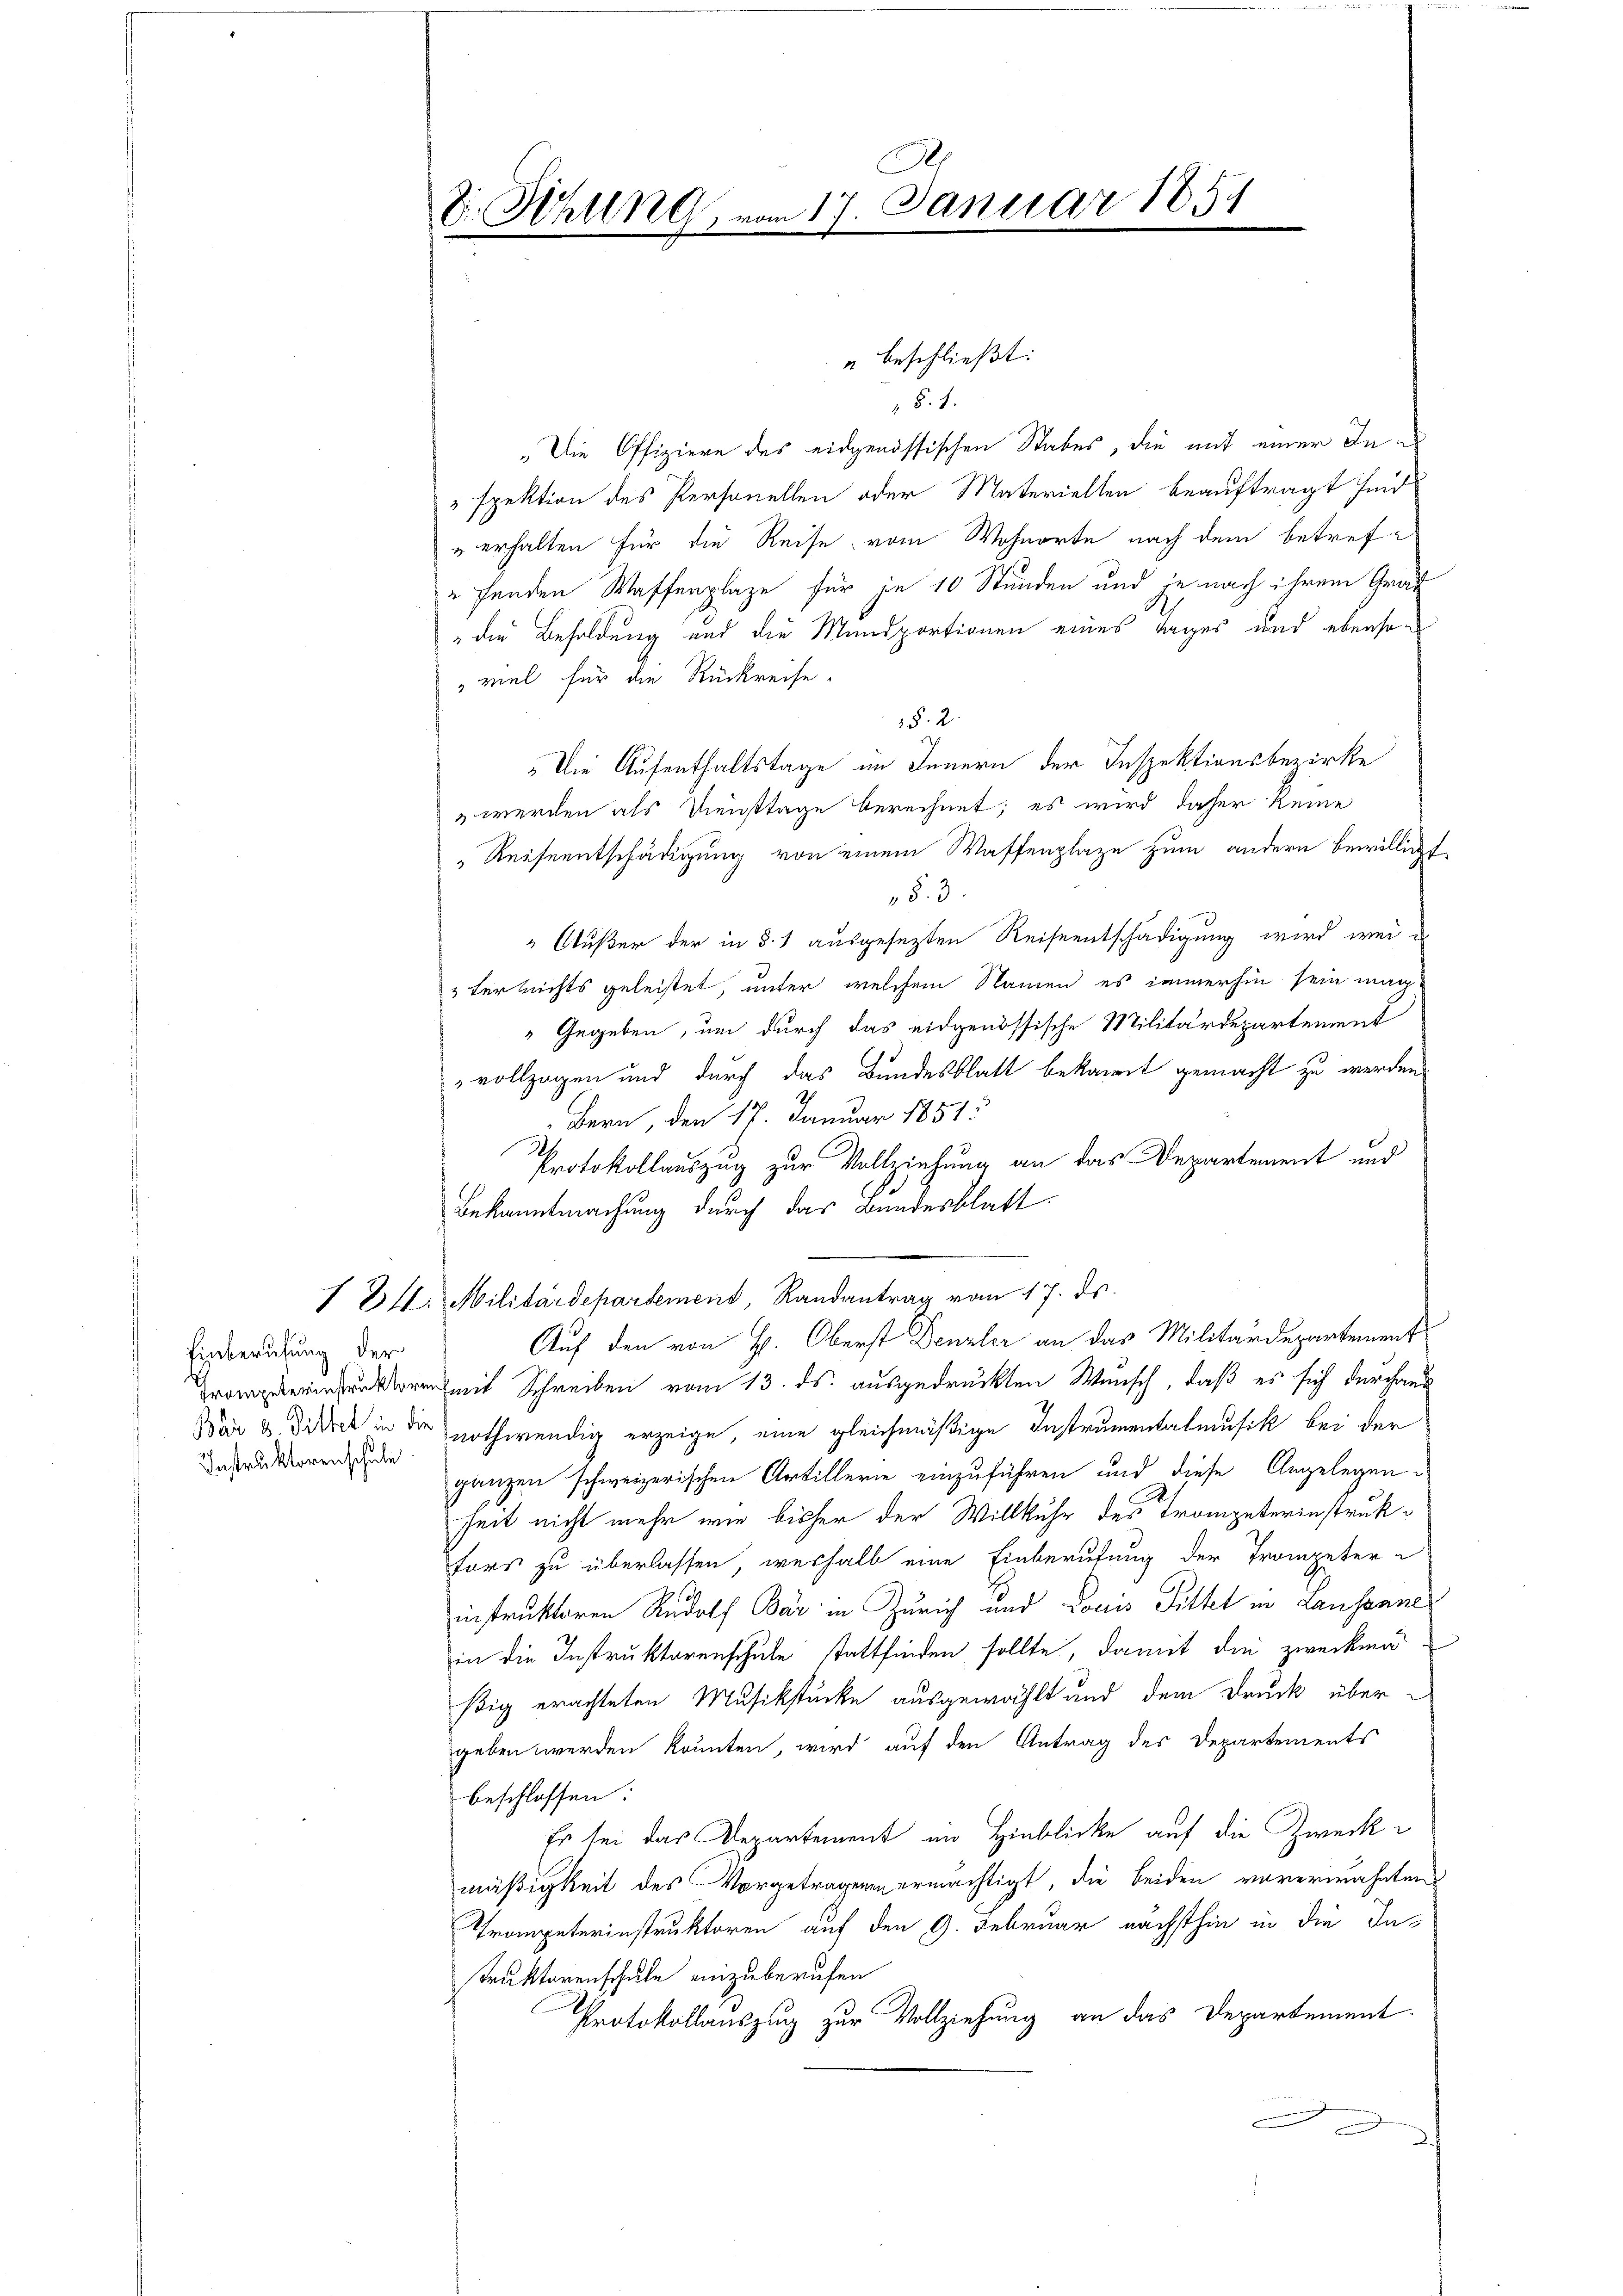
Einberufung der
Instruktorenschule

A.
D. Rehlen vom 17. Januar 1851
e

" beschließt:
§. 4.
„Die Offiziere des eidgenössischen Stabes, die mit einer Inspektion des Personellen oder Materiellen beauftragt sind
uerhalten für die Reise vom Wohnorte nach dem betrefufenden Waffenplaze für je 10 Stunden und je nach ihrem Grau
die Besoldung und die Mundportionen eines Tages und ebensoviel für die Rückreise.
§. 2.
„Die Aufenthaltstage im Innern der Inspektionsbezirke
" werden als Diensttage berechnet; es wird daher keine
" Reiseentschädigung von einem Waffenplaze zum andern bewilligt
§. 3.
" Außer der in § 1 ausgesezten Reiseentschädigung wird weil
Fürlichts geleistet, unter welchem Namen es immerhin sein mach
 Gegeben, um durch das eidgenössische Militärdepartement
vollzogen und durch das Bundesblatt bekannt gemacht zu werden.
Bern, den 17. Januar 1851:
Protokollauszug zur Vollziehung an das Departement und
Bekanntmachung durch das Bundesblatt
1 24. Militärdepartement, Randantrag vom 17. ds.
Auf den von H. Oberst Denzler an das Militärdepartement
 Schreiben vom 13. ds. ausgedrückten Wunsch, daß es sich durchaus
War & Dideck in die nothwendig erzeige, eine gleichmäßige Instrumentalmusik bei der
ganzen schweizerischen Artillerie einzuführen und diese Angelegen
heit nicht mehr wie bisher der Willkühr des Trompeterinstrukfors zu überlassen, weshalb eine Einberufung der Trompeter
instruktoren Rudolf Bär in Zürich und Docis Sittet in Lausane
in die Instruktorenschule stattfinden sollte, damit die zweckma
ßig erachteten Musikstücke ausgewählt und dem Druck übergeben werden könnten, wird auf den Antrag des Departements
beschlossen:
Es sei das Departement im Hinblicke auf die Zwecke
mäßigkeit des Vorgetragenen ermächtigt, die beiden vorerwähnten
Trompeterinstruktoren auf den 9. Februar nächsthin in die Instruktorenschule einzuberufen
Protokollauszug zur Vollziehung an das Departement.
.
f